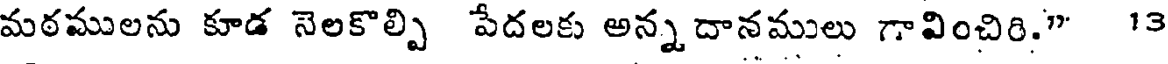
మఠములను కూడ నెలకొల్పి పేదలకు అన్న దానములు గావించిరి." 13